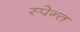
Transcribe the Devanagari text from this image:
स्पेन्त